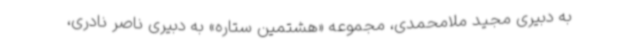
به دبیری مجید ملامحمدی، مجموعه «هشتمین ستاره» به دبیری ناصر نادری،